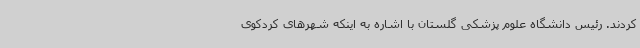
کردند. رئیس دانشگاه علوم پزشکی گلستان با اشاره به اینکه شهرهای کردکوی